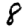
Digit: 8